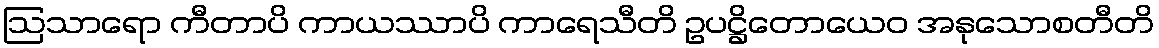
ဩသာရော ကီတာပိ ကာယဿာပိ ကာရေသီတိ ဥပဋ္ဌိတောယေဝ အနုသောစတီတိ